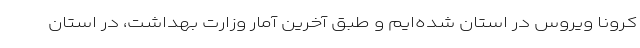
کرونا ویروس در استان شده‌ایم و طبق آخرین آمار وزارت بهداشت، در استان